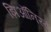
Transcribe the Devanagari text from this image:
झिऑनिस्ट